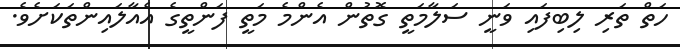
ހަތް ތަރި ލިބިފައި ވަނީ ސަލާމަތީ ގޮތުން އެންމެ މަތީ ފަންތީގެ އެއާލައިންތަކަށެވެ.